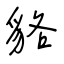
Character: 貉